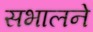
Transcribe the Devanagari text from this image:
सभालने